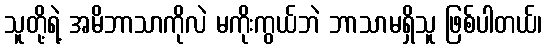
သူတို့ရဲ့ အမိဘာသာကိုလဲ မကိုးကွယ်ဘဲ ဘာသာမရှိသူ ဖြစ်ပါတယ်၊